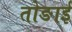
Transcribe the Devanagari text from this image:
तोङाई